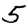
Digit: 5